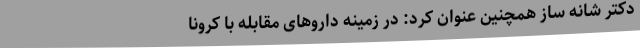
دکتر شانه ساز همچنین عنوان کرد: در زمینه داروهای مقابله با کرونا